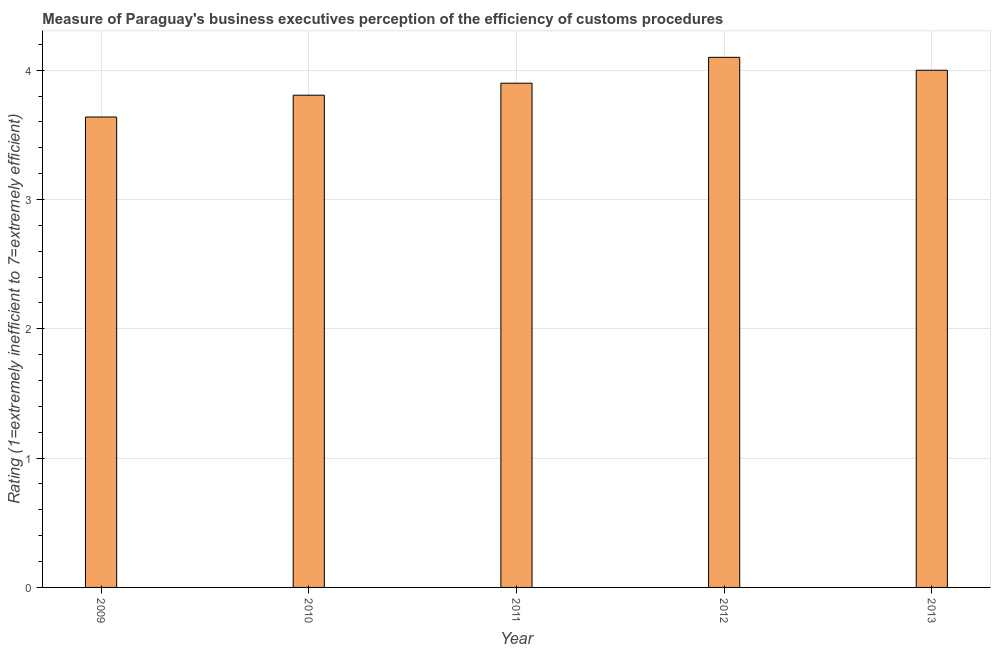
| Year | Burden of customs procedure |
 | --- | --- |
 | 2009 | 3.64 |
 | 2010 | 3.81 |
 | 2011 | 3.9 |
 | 2012 | 4.1 |
 | 2013 | 4 |